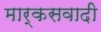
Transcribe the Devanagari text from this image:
मार्कसवादी